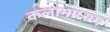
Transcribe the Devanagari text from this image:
कलामाध्यम